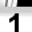
Digit: 1